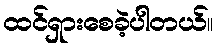
ထင်ရှားစေခဲ့ပါတယ်။